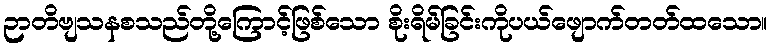
ဉာတိဗျသနစသည်တို့ကြောင့်ဖြစ်သော စိုးရိမ်ခြင်းကိုပယ်ဖျောက်တတ်ထသော။